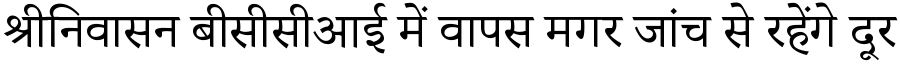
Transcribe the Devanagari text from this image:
श्रीनिवासन बीसीसीआई में वापस मगर जांच से रहेंगे दूर